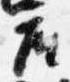
座